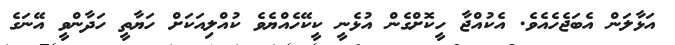
އަޅާލަން އެބަޖެހެއެވެ. އެކުއްޖާ ހީކޮށްގެން އުޅެނީ ކީކޭހެއްޔެވެ ކުއްލިއަކަށް ހަޔާތީ ހަދާންވީ އޭނަގެ